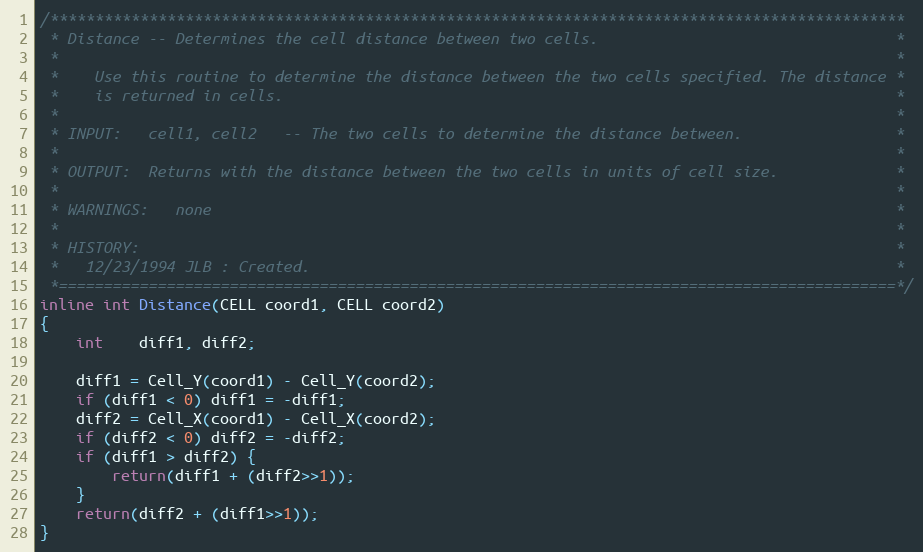
Language: C
/***********************************************************************************************
 * Distance -- Determines the cell distance between two cells.                                 *
 *                                                                                             *
 *    Use this routine to determine the distance between the two cells specified. The distance *
 *    is returned in cells.                                                                    *
 *                                                                                             *
 * INPUT:   cell1, cell2   -- The two cells to determine the distance between.                 *
 *                                                                                             *
 * OUTPUT:  Returns with the distance between the two cells in units of cell size.             *
 *                                                                                             *
 * WARNINGS:   none                                                                            *
 *                                                                                             *
 * HISTORY:                                                                                    *
 *   12/23/1994 JLB : Created.                                                                 *
 *=============================================================================================*/
inline int Distance(CELL coord1, CELL coord2)
{
	int	diff1, diff2;

	diff1 = Cell_Y(coord1) - Cell_Y(coord2);
	if (diff1 < 0) diff1 = -diff1;
	diff2 = Cell_X(coord1) - Cell_X(coord2);
	if (diff2 < 0) diff2 = -diff2;
	if (diff1 > diff2) {
		return(diff1 + (diff2>>1));
	}
	return(diff2 + (diff1>>1));
}